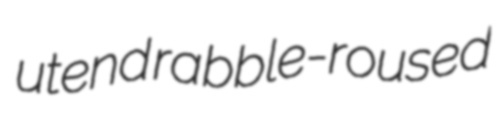
utend rabble-roused